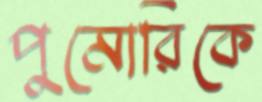
পুমোরিকে